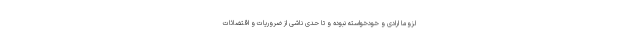
لزوما ارادی و خودخواسته نبوده و تا حدی ناشی از ضروریات و اقتضائات